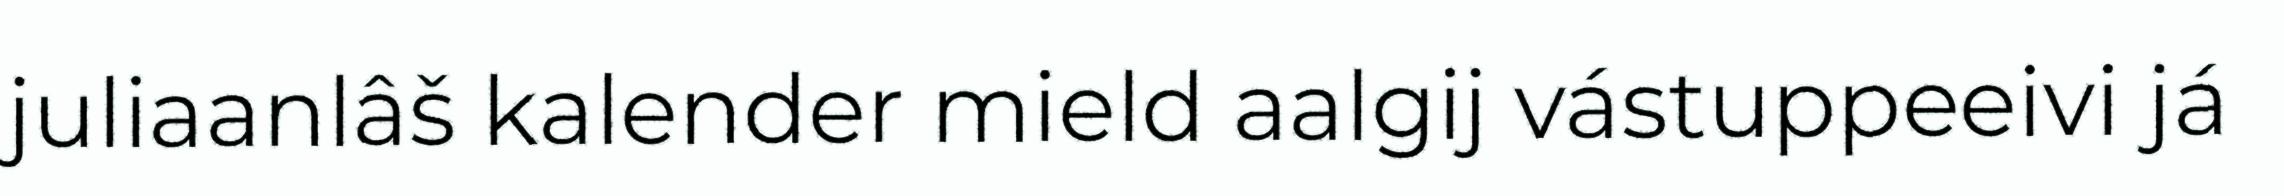
juliaanlâš kalender mield aalgij vástuppeeivi já